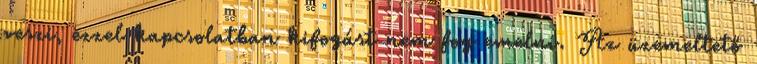
veszi, ezzel kapcsolatban kifogást nem fog emelni. Az üzemeltető